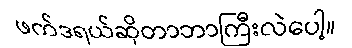
ဖက်ဒရယ်ဆိုတာဘာကြီးလဲပေါ့။